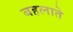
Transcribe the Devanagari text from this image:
बहलाते